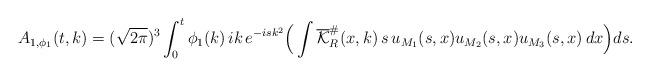
LaTeX: \begin{align*}& A_{1,\phi_{1}}(t,k) = (\sqrt{2\pi})^3\int_{0}^{t}\phi_{1}(k) \, ik \, e^{-isk^{2}} \Big(\int \overline{\mathcal{K}}^{\#}_{R}(x,k) \, s \, u_{M_1}(s,x) u_{M_2}(s,x) u_{M_3}(s,x) \, dx \Big) ds.\end{align*}